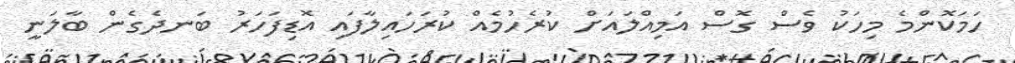
ހަމަކޮންމެ މިހަކުު ވެސް ގޮސް އަމިއްލައަށް ކުރެހުމެއް ކުރަހައިލާފައި އޮޑިފަހަރު ބަނދެގެން ބާލަނީ